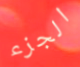
الجزء